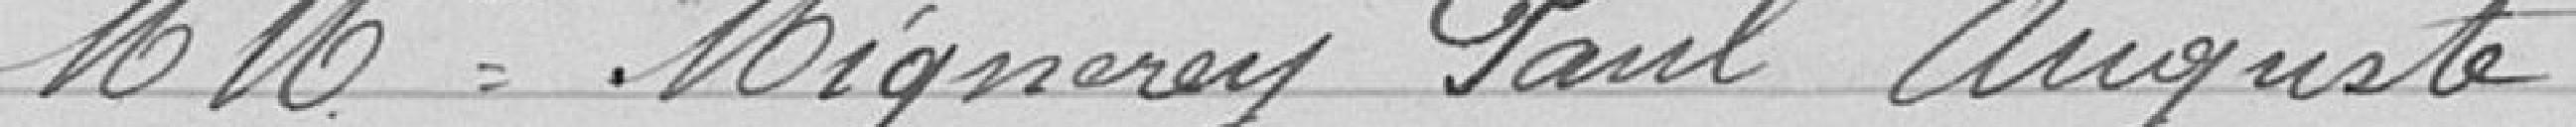
Messieurs Mignerey Paul Auguste